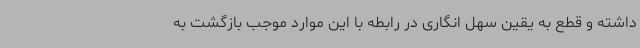
داشته و قطع به یقین سهل انگاری در رابطه با این موارد موجب بازگشت به